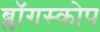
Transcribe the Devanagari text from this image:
ब्लॉगस्कोप